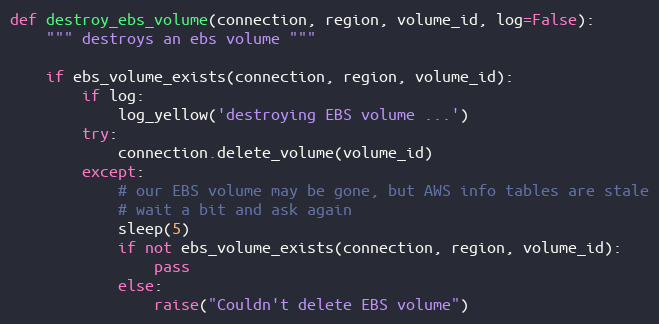
Language: Python
def destroy_ebs_volume(connection, region, volume_id, log=False):
    """ destroys an ebs volume """

    if ebs_volume_exists(connection, region, volume_id):
        if log:
            log_yellow('destroying EBS volume ...')
        try:
            connection.delete_volume(volume_id)
        except:
            # our EBS volume may be gone, but AWS info tables are stale
            # wait a bit and ask again
            sleep(5)
            if not ebs_volume_exists(connection, region, volume_id):
                pass
            else:
                raise("Couldn't delete EBS volume")